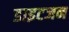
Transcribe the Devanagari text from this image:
डाइटजन